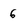
Character: 6